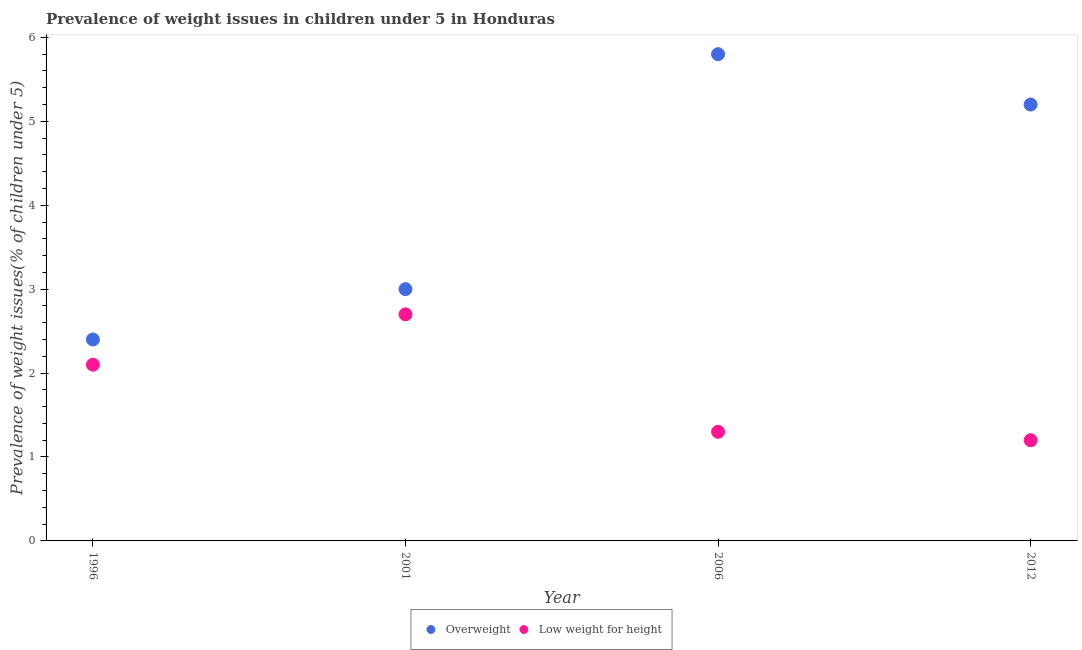
| Year | Overweight | Low weight for height |
 | --- | --- | --- |
 | 1996 | 2.4 | 2.1 |
 | 2001 | 3 | 2.7 |
 | 2006 | 5.8 | 1.3 |
 | 2012 | 5.2 | 1.2 |